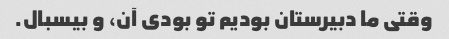
وقتی ما دبیرستان بودیم تو بودی آن، و بیسبال.